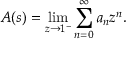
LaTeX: A ( s ) = \operatorname* { l i m } _ { z \rightarrow 1 ^ { - } } \sum _ { n = 0 } ^ { \infty } a _ { n } z ^ { n } .